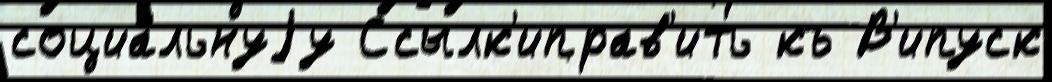
социа́льнуjу Ссылк'иправ'ить къ В'ипуск